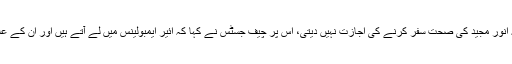
اومنی گروپ کے وکیل نے مؤقف اپنایا کہ انور مجید کی صحت سفر کرنے کی اجازت نہیں دیتی، اس پر چیف جسٹس نے کہا کہ ائیر ایمبولینس میں لے آتے ہیں اور ان کے علاج کیلئے ڈاکٹر بھی تعینات کر دیتے ہیں۔